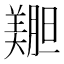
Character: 𫅝